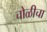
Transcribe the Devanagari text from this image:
चोळीचा